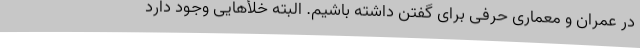
در عمران و معماری حرفی برای گفتن داشته باشیم. البته خلأهایی وجود دارد